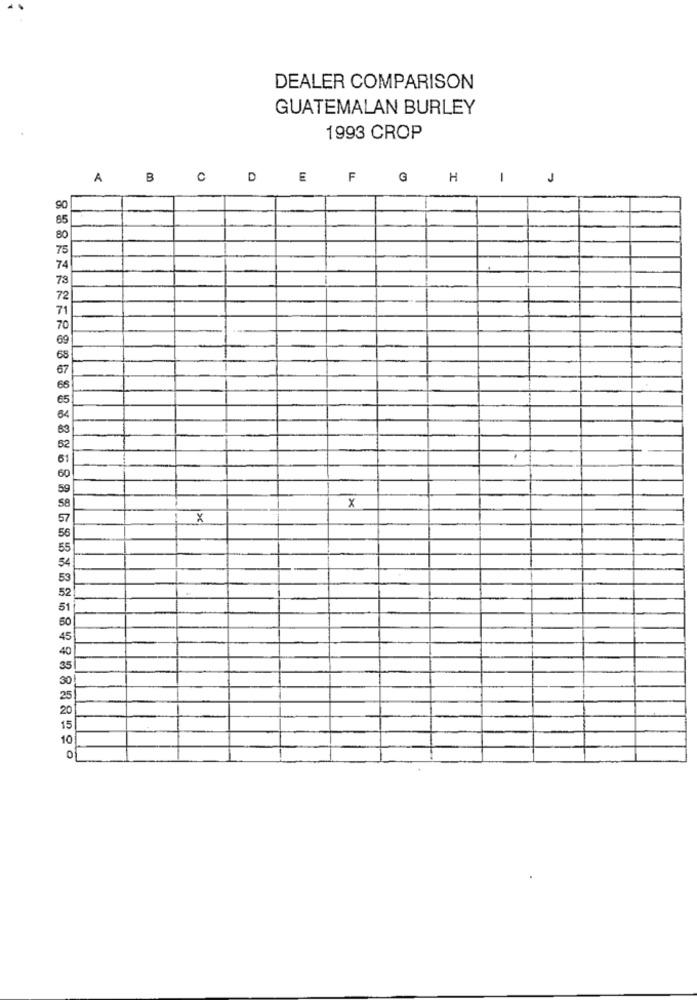
DEALER COMPARISON
GUATEMALAN BURLEY
1993 CROP
A
B
0
D
E
F G
H
1
J
90
-
65
80
75
72
70
69
68
67
66
65
63
52
61
60
x
X
56
55
54
53
52
51
50
45
40
0